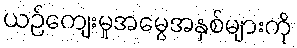
ယဉ်ကျေးမှုအမွေအနှစ်များကို